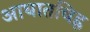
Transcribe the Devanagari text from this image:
आघातचिह्र